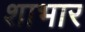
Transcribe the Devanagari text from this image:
शाभार